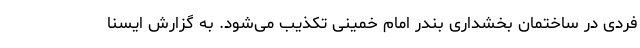
فردی در ساختمان بخشداری بندر امام خمینی تکذیب می‌شود. به گزارش ایسنا